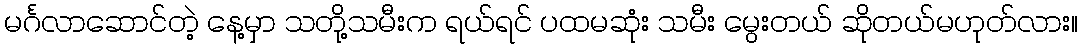
မင်္ဂလာဆောင်တဲ့ နေ့မှာ သတို့သမီးက ရယ်ရင် ပထမဆုံး သမီး မွေးတယ် ဆိုတယ်မဟုတ်လား။